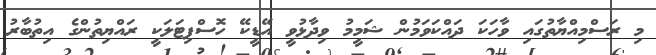
މި ރަސްމިއްޔާތުގައި ވާހަކަ ދައްކަވަމުން ޝަމީމު ވިދާޅުވީ އޭޑީކޭ ހޮސްޕިޓަލަކީ ރައްޔިތުންގެ އިތުބާރު